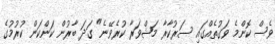
ވެސް ކޮންމެ ވަގުތެއްގައި ސަރުކާރާ މަޝްވަރާ ކުރެވޭނެ" ގަދަ ބާރުން ކަންކަން ކުރުމުގެ